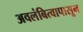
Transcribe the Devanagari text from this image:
अवलंबित्वापासून